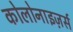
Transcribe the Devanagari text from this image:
कोलोनाइज़र्स